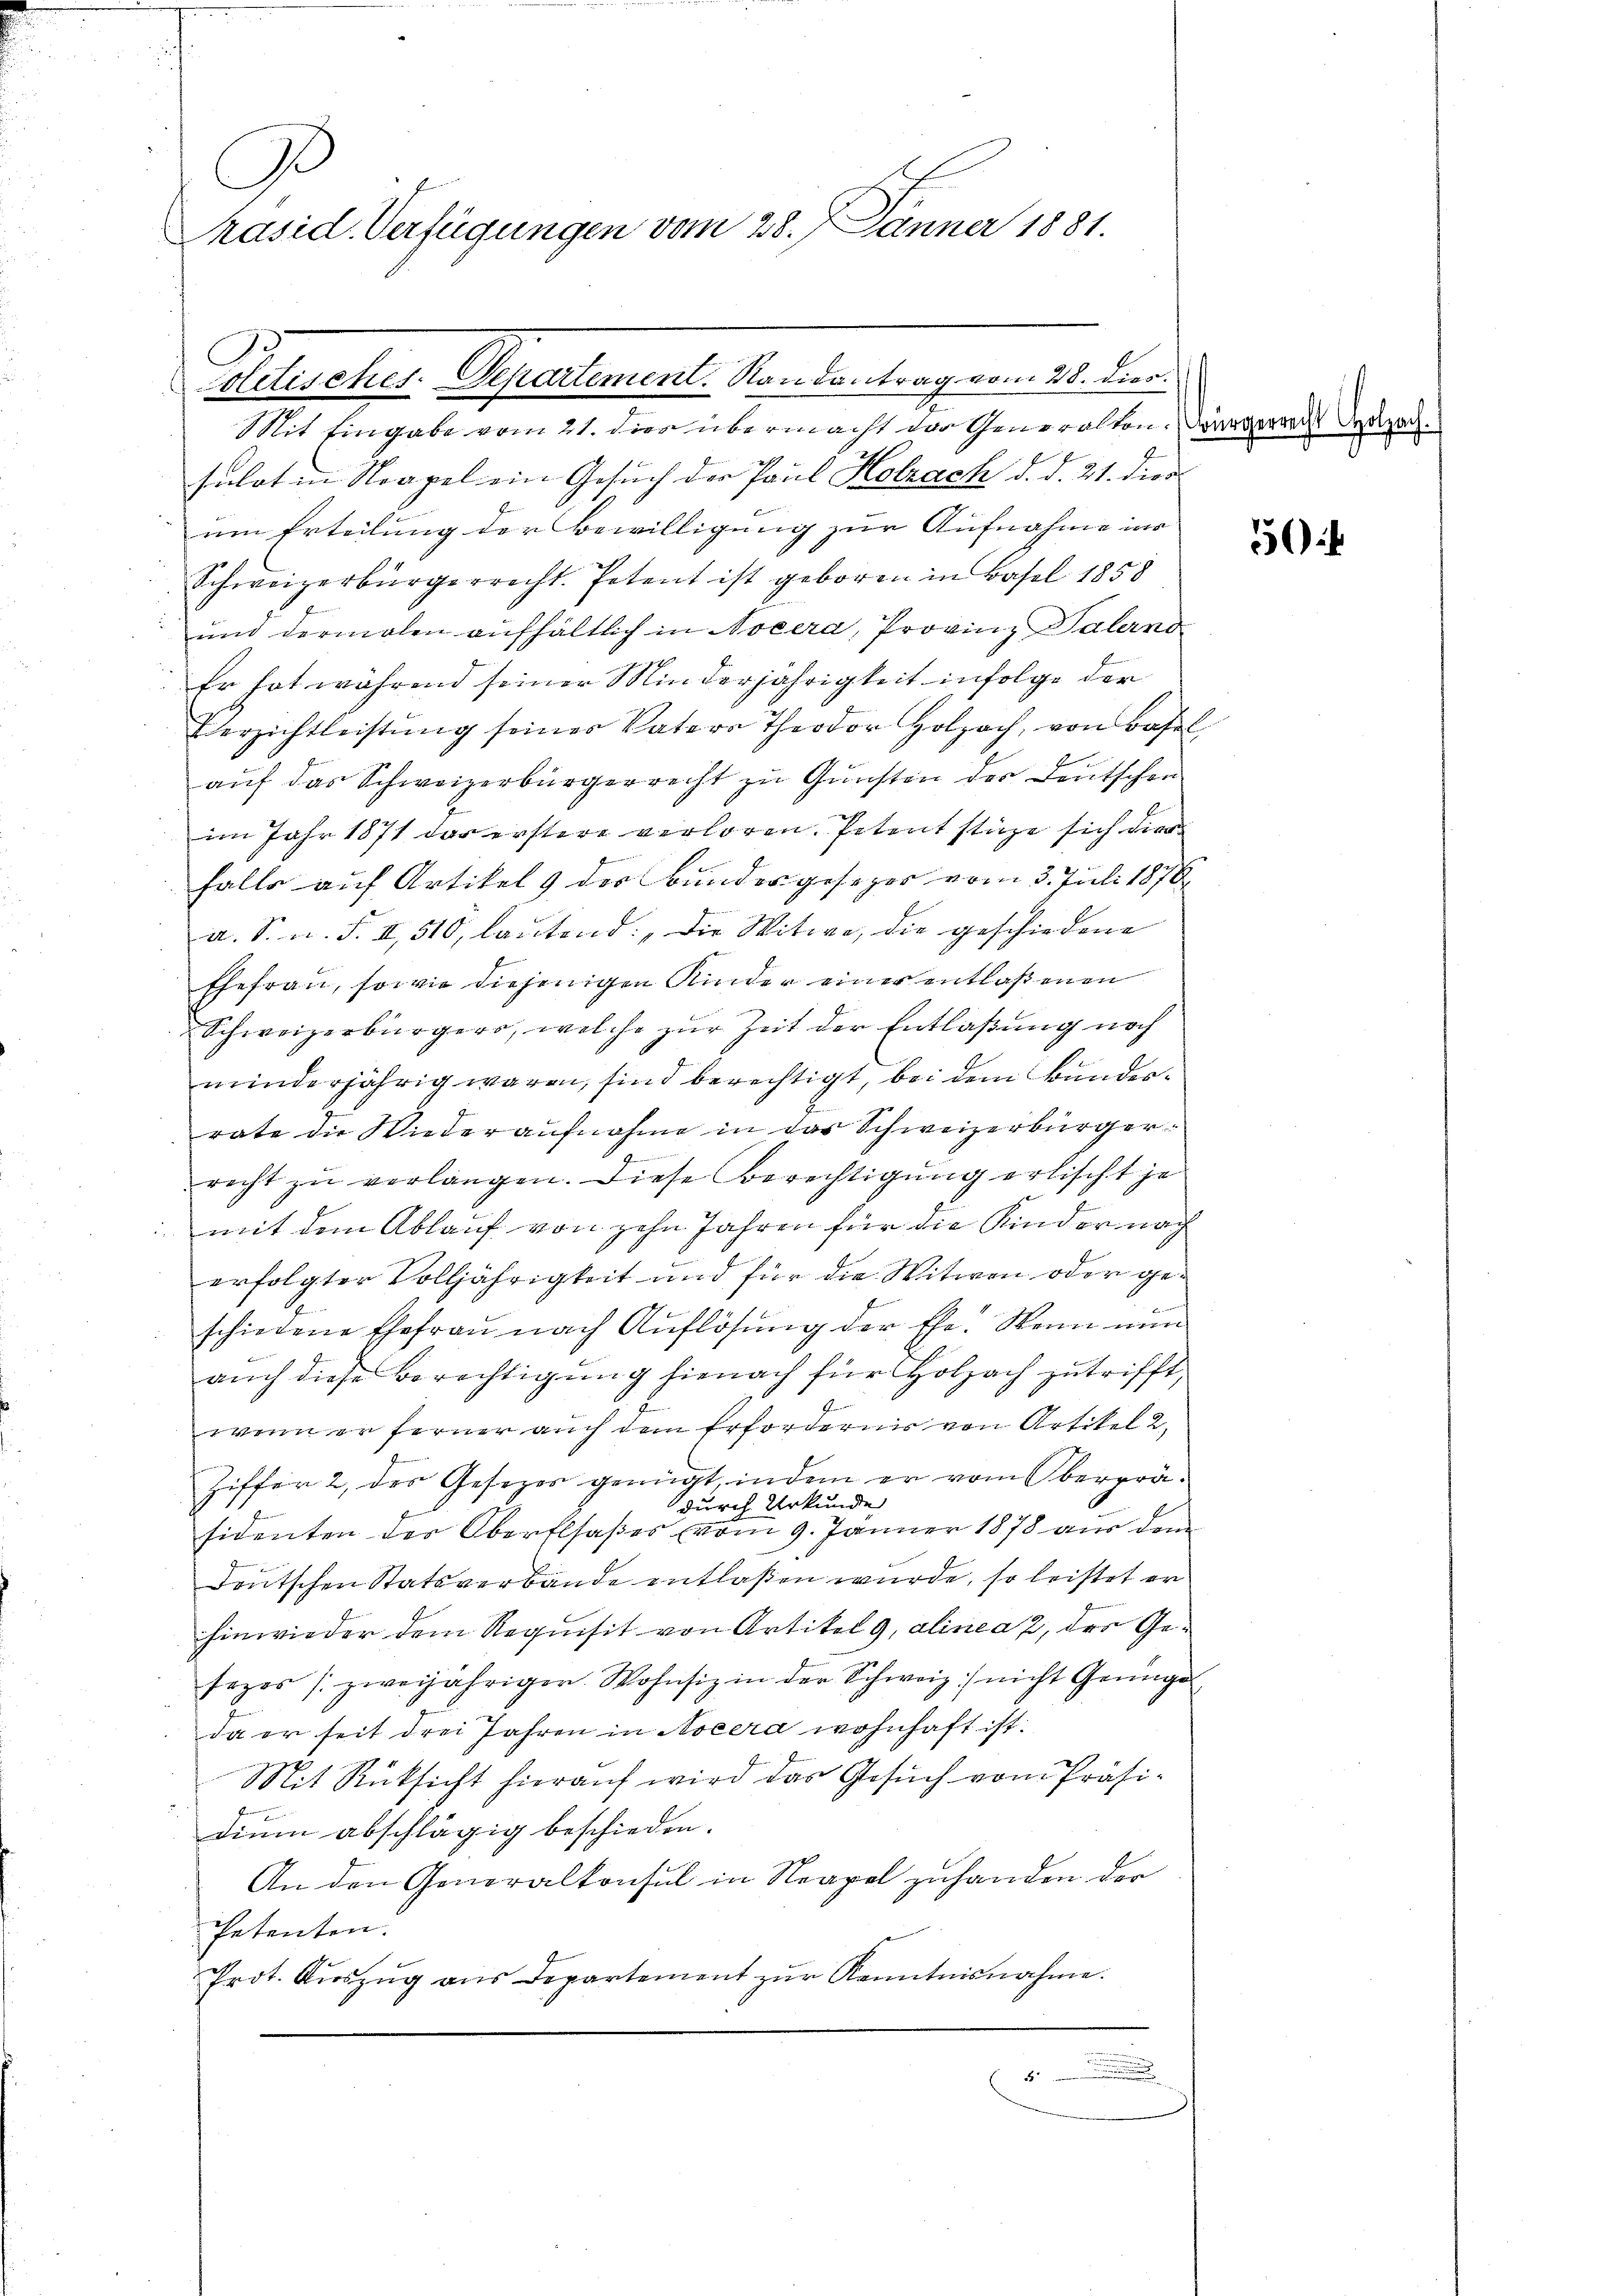
Ge

Präsid. Verfügungen vom 28. J Jänner 1881.

Mit Eingabe vom 21. dies übermacht der Generalten. Würgerrecht daszarsulat in Neapel ein Gesuch der Paul Holzach d. d. 21. dies
um Erteilung der Bewilligung zur Aufnahme in
Schweizerbürgerrecht. Petent ist geboren in Basel 1858
und dermalen aufhältlich in Nocera, Provinz Palerno
Er hat während seiner Minderjährigkeit infolge der
Verzichtleistŭng seiner Vaters Theodor Holzach, von Basel
auf das Schweizerbürgerrecht zu Gunsten der Deutschen
im Jahr 1871 das erstere verloren. Petent stürze sich dies
falle auf Artikel 9 des Bundesgesezer vom 3. Juli 1876
a. S. n. F. II 510, lautend: „Die Witwe, die geschiedene
Ehefrau, sowie diejenigen Kinder einer entlaßenen
Schweizerbürgers, welche zur Zeit der Entlaßung noch
minderjährig waren, sind berechtigt, bei dem Bundesrate die Wiederaufnahme in das Schweizerbürgere
recht zu verlangen. Diese Berechtigung erlischt je
 mit dem Ablauf von zehn Jahren für die Kinder nach
erfolgter Volljährigkeit und für die Witwen oder geschiedene Ehefrau nach Auflösung der Ehe. Wenn nun
auch diese Berechtigung hienach für Holzach zutrifft,
wenn er ferner auch dem Erfordernis von Artikel 2,
Ziffer 2, der Gesezes genügt, indem er vom Oberprä-
durch Urkunde
sidenten der Oberflsaßes vom 9. Jänner 1878 aus dem
Deutschen Statsverbande entlaßen wurde, so leistet er
hinwieder dem Requisit von Artikel 9, alinea 2 des Gesezes (zweijähriger Wohnsiz in der Schweiz nicht Genüge
da er seit drei Jahren in Nocera wohnhaft ist.
Mit Rücksicht hierauf wird das Gesuch vom Präsidium abschlägig beschieden.
An den Generalkonsul in Neapel zuhanden der
Petenten.
Prot. Aŭszŭg ans Departement zŭr Kenntnisnahme.

Politisches. Separtement. Randantrag vom 28. dies

56